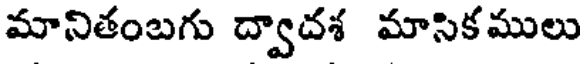
మానితంబగు ద్వాదశ మాసికములు